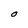
Character: O